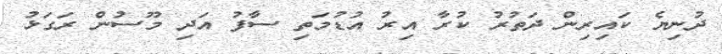
ދުނިޔެ ކައިރިން ދަތުރު ކުރާ އިރު އުޑުމަތި ސާފު އަދި މޫސުން ރަގަޅު